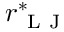
r _ { \mathrm { ~ L ~ J ~ } } ^ { * }